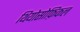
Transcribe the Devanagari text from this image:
थियोसोफ़िकल